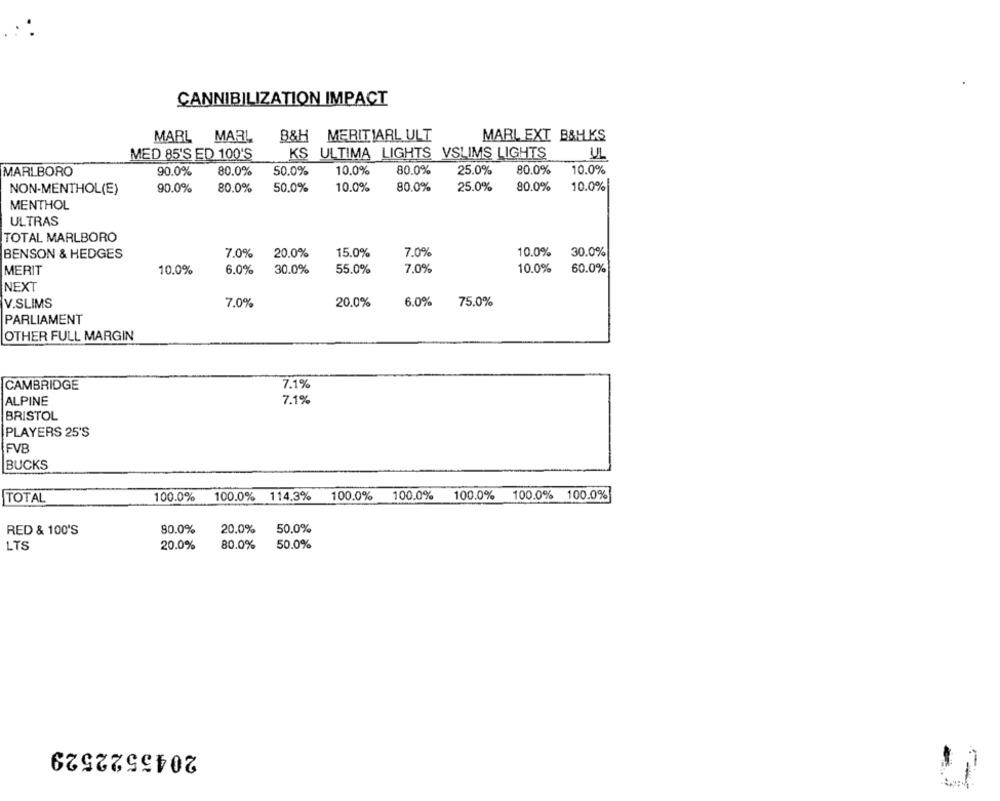
CANNIBILIZATION IMPACT
B&H MERITIARL ULT
MARL MARL
MARL EXT B&H KS
MED 85'S ED 100'S
KS ULTIMA LIGHTS VSLIMS LIGHTS
UL
MARLBORO
90.0%
80.0%
50.0%
10.0%
80.0%
25.0%
80.0%
10.0%
NON-MENTHOL(E)
90.0%
80.0%
50.0%
10.0%
80.0%
25.0%
80.0%
10.0%
MENTHOL
ULTRAS
TOTAL MARLBORO
BENSON & HEDGES
7.0%
20.0%
15.0%
7.0%
10.0%
30.0%
MERIT
10.0%
6.0%
30.0%
55.0%
7.0%
10.0%
60.0%
NEXT
V.SLIMS
7,0%
20.0%
6.0%
75.0%
PARLIAMENT
OTHER FULL MARGIN
CAMBRIDGE
7.1%
ALPINE
7.1%
BRISTOL
PLAYERS 25'S
FVB
BUCKS
100.0%
100.0% 114.3%
100.0% 100.0% 100.0% 100.0% 100.0%
TOTAL
80.0%
20.0%
50.0%
RED & 100'S
80.0%
50.0%
LTS
20.0%
2045522529